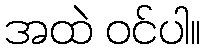
အထဲ ဝင်ပါ။